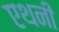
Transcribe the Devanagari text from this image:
एथनी